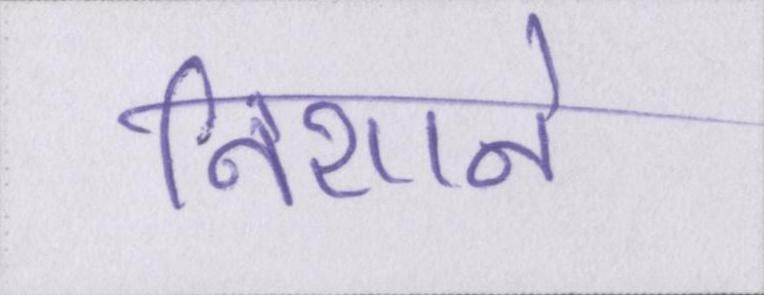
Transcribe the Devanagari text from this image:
निशाने